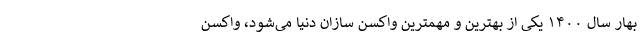
بهار سال ۱۴۰۰ یکی از بهترین و مهمترین واکسن سازان دنیا می‌شود، واکسن